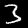
Label: 3